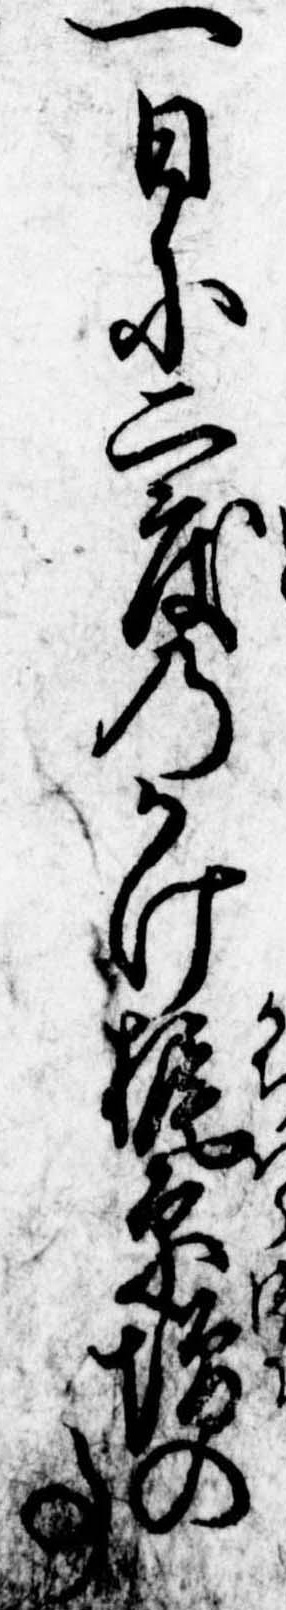
一日に二度のかけ梶原増の事